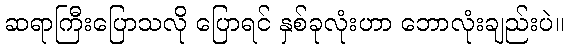
ဆရာကြီးပြောသလို ပြောရင် နှစ်ခုလုံးဟာ ဘောလုံးချည်းပဲ။